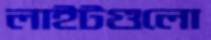
লাইটগুলো